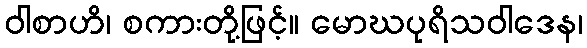
ဝါစာဟိ၊ စကားတို့ဖြင့်။ မောဃပုရိသဝါဒေန၊